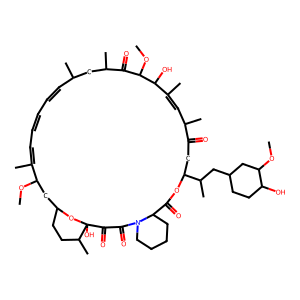
SMILES: COC1CC2CCC(C)C(O)(O2)C(=O)C(=O)N2CCCCC2C(=O)OC(C(C)CC2CCC(O)C(OC)C2)CC(=O)C(C)C=C(C)C(O)C(OC)C(=O)C(C)CC(C)C=CC=CC=C1C
Inhibits HIV replication: No